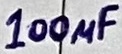
Text: 100µF